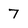
Character: 7